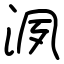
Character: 洬